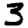
Digit: 3